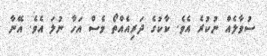
ސުވާލެއް ނުކުރެ އެވެ. ކާކުގެ ދަރިއެއްތޯ ވެސް އަހާ ނުލަ އެވެ. އޭނާ